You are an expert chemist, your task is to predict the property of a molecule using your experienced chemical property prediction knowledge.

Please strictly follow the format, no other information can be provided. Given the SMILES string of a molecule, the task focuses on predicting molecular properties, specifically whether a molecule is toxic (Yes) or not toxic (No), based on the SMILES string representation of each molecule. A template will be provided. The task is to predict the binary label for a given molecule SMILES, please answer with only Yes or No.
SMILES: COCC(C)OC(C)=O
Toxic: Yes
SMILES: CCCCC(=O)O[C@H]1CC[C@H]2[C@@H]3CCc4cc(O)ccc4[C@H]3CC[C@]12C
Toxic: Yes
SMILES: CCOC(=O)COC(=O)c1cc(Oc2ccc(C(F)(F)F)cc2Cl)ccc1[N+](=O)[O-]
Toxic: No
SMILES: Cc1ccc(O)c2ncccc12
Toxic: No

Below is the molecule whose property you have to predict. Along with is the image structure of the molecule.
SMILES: O=C(NCC1CCCCN1)c1cc(OCC(F)(F)F)ccc1OCC(F)(F)F
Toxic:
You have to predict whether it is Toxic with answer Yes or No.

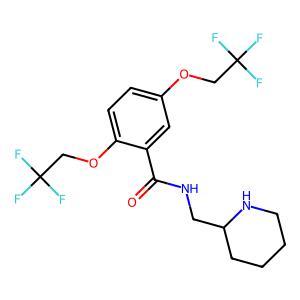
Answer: No